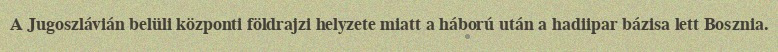
A Jugoszlávián belüli központi földrajzi helyzete miatt a háború után a hadiipar bázisa lett Bosznia.